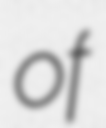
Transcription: of